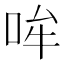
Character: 哞